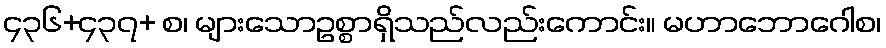
၄၃၆+၄၃၇+ စ၊ များသောဥစ္စာရှိသည်လည်းကောင်း။ မဟာဘောဂေါစ၊